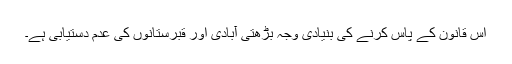
اس قانون کے پاس کرنے کی بنیادی وجہ بڑھتی آبادی اور قبرستانوں کی عدم دستیابی ہے۔